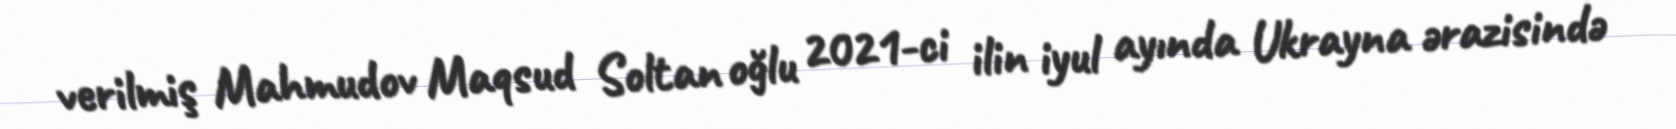
verilmiş Mahmudov Maqsud Soltan oğlu 2021-ci ilin iyul ayında Ukrayna ərazisində